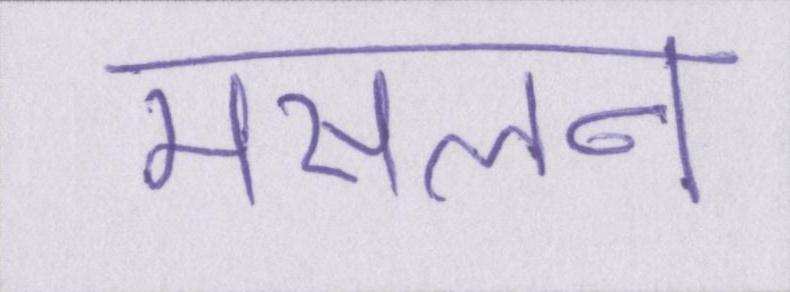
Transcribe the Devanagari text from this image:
मसलन